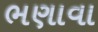
ભણાવા